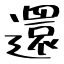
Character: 還